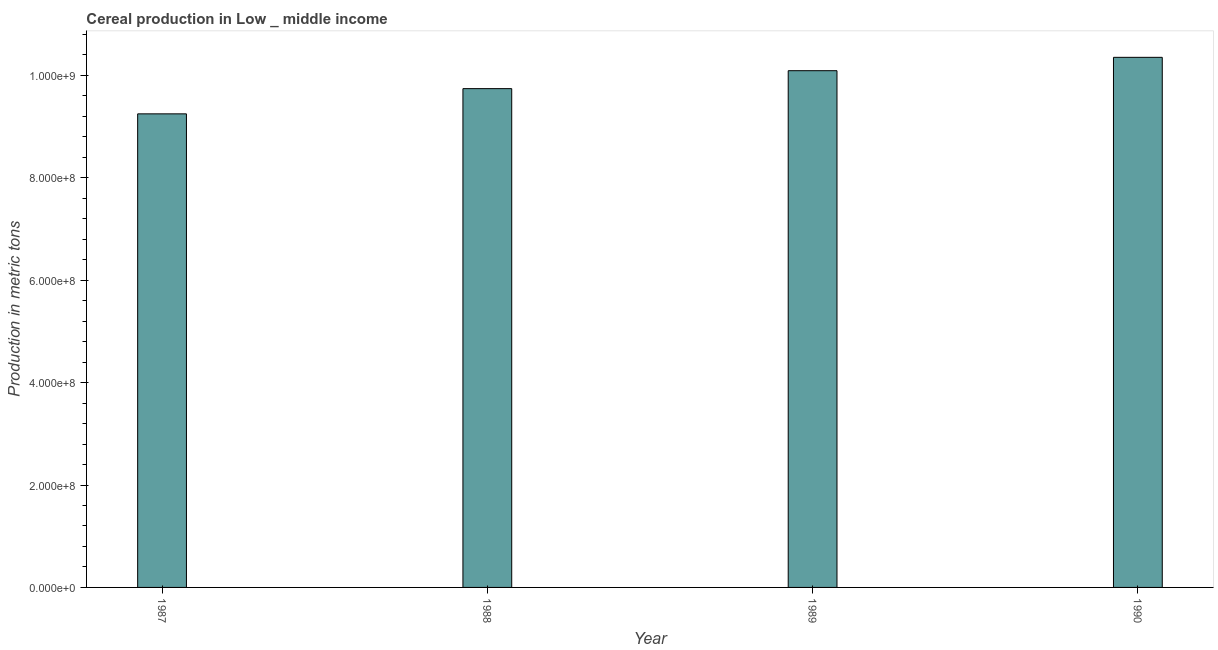
| Year | Cereal production |
 | --- | --- |
 | 1987 | 9.25e+08 |
 | 1988 | 9.74e+08 |
 | 1989 | 1.01e+09 |
 | 1990 | 1.04e+09 |